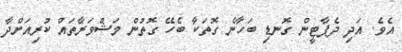
އެވެ. އަދި ދެޕާޓީން ގޮނޑި ބަހާނެ ގޮތަކާ ބެހޭ ގޮތުން މަޝްވަރާތައް ކުރިއަށްދާ